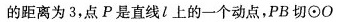
的距离为3，点P是直线l上的一个动点，PB切\odot O